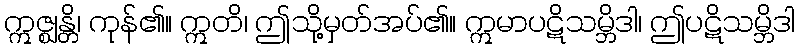
ဣဇ္ဈန္တိ၊ ကုန်၏။ ဣတိ၊ ဤသို့မှတ်အပ်၏။ ဣမာပဋိသမ္ဘိဒါ၊ ဤပဋိသမ္ဘိဒါ